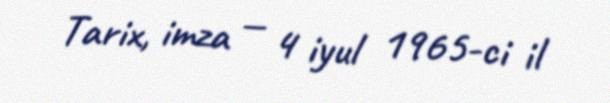
Tarix, imza — 4 iyul 1965-ci il